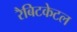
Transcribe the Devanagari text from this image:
रैबिटकेटल